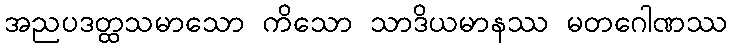
အညပဒတ္ထသမာသော ကိသော သာဒိယမာနဿ မတဂေါဏဿ